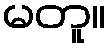
မတူ။